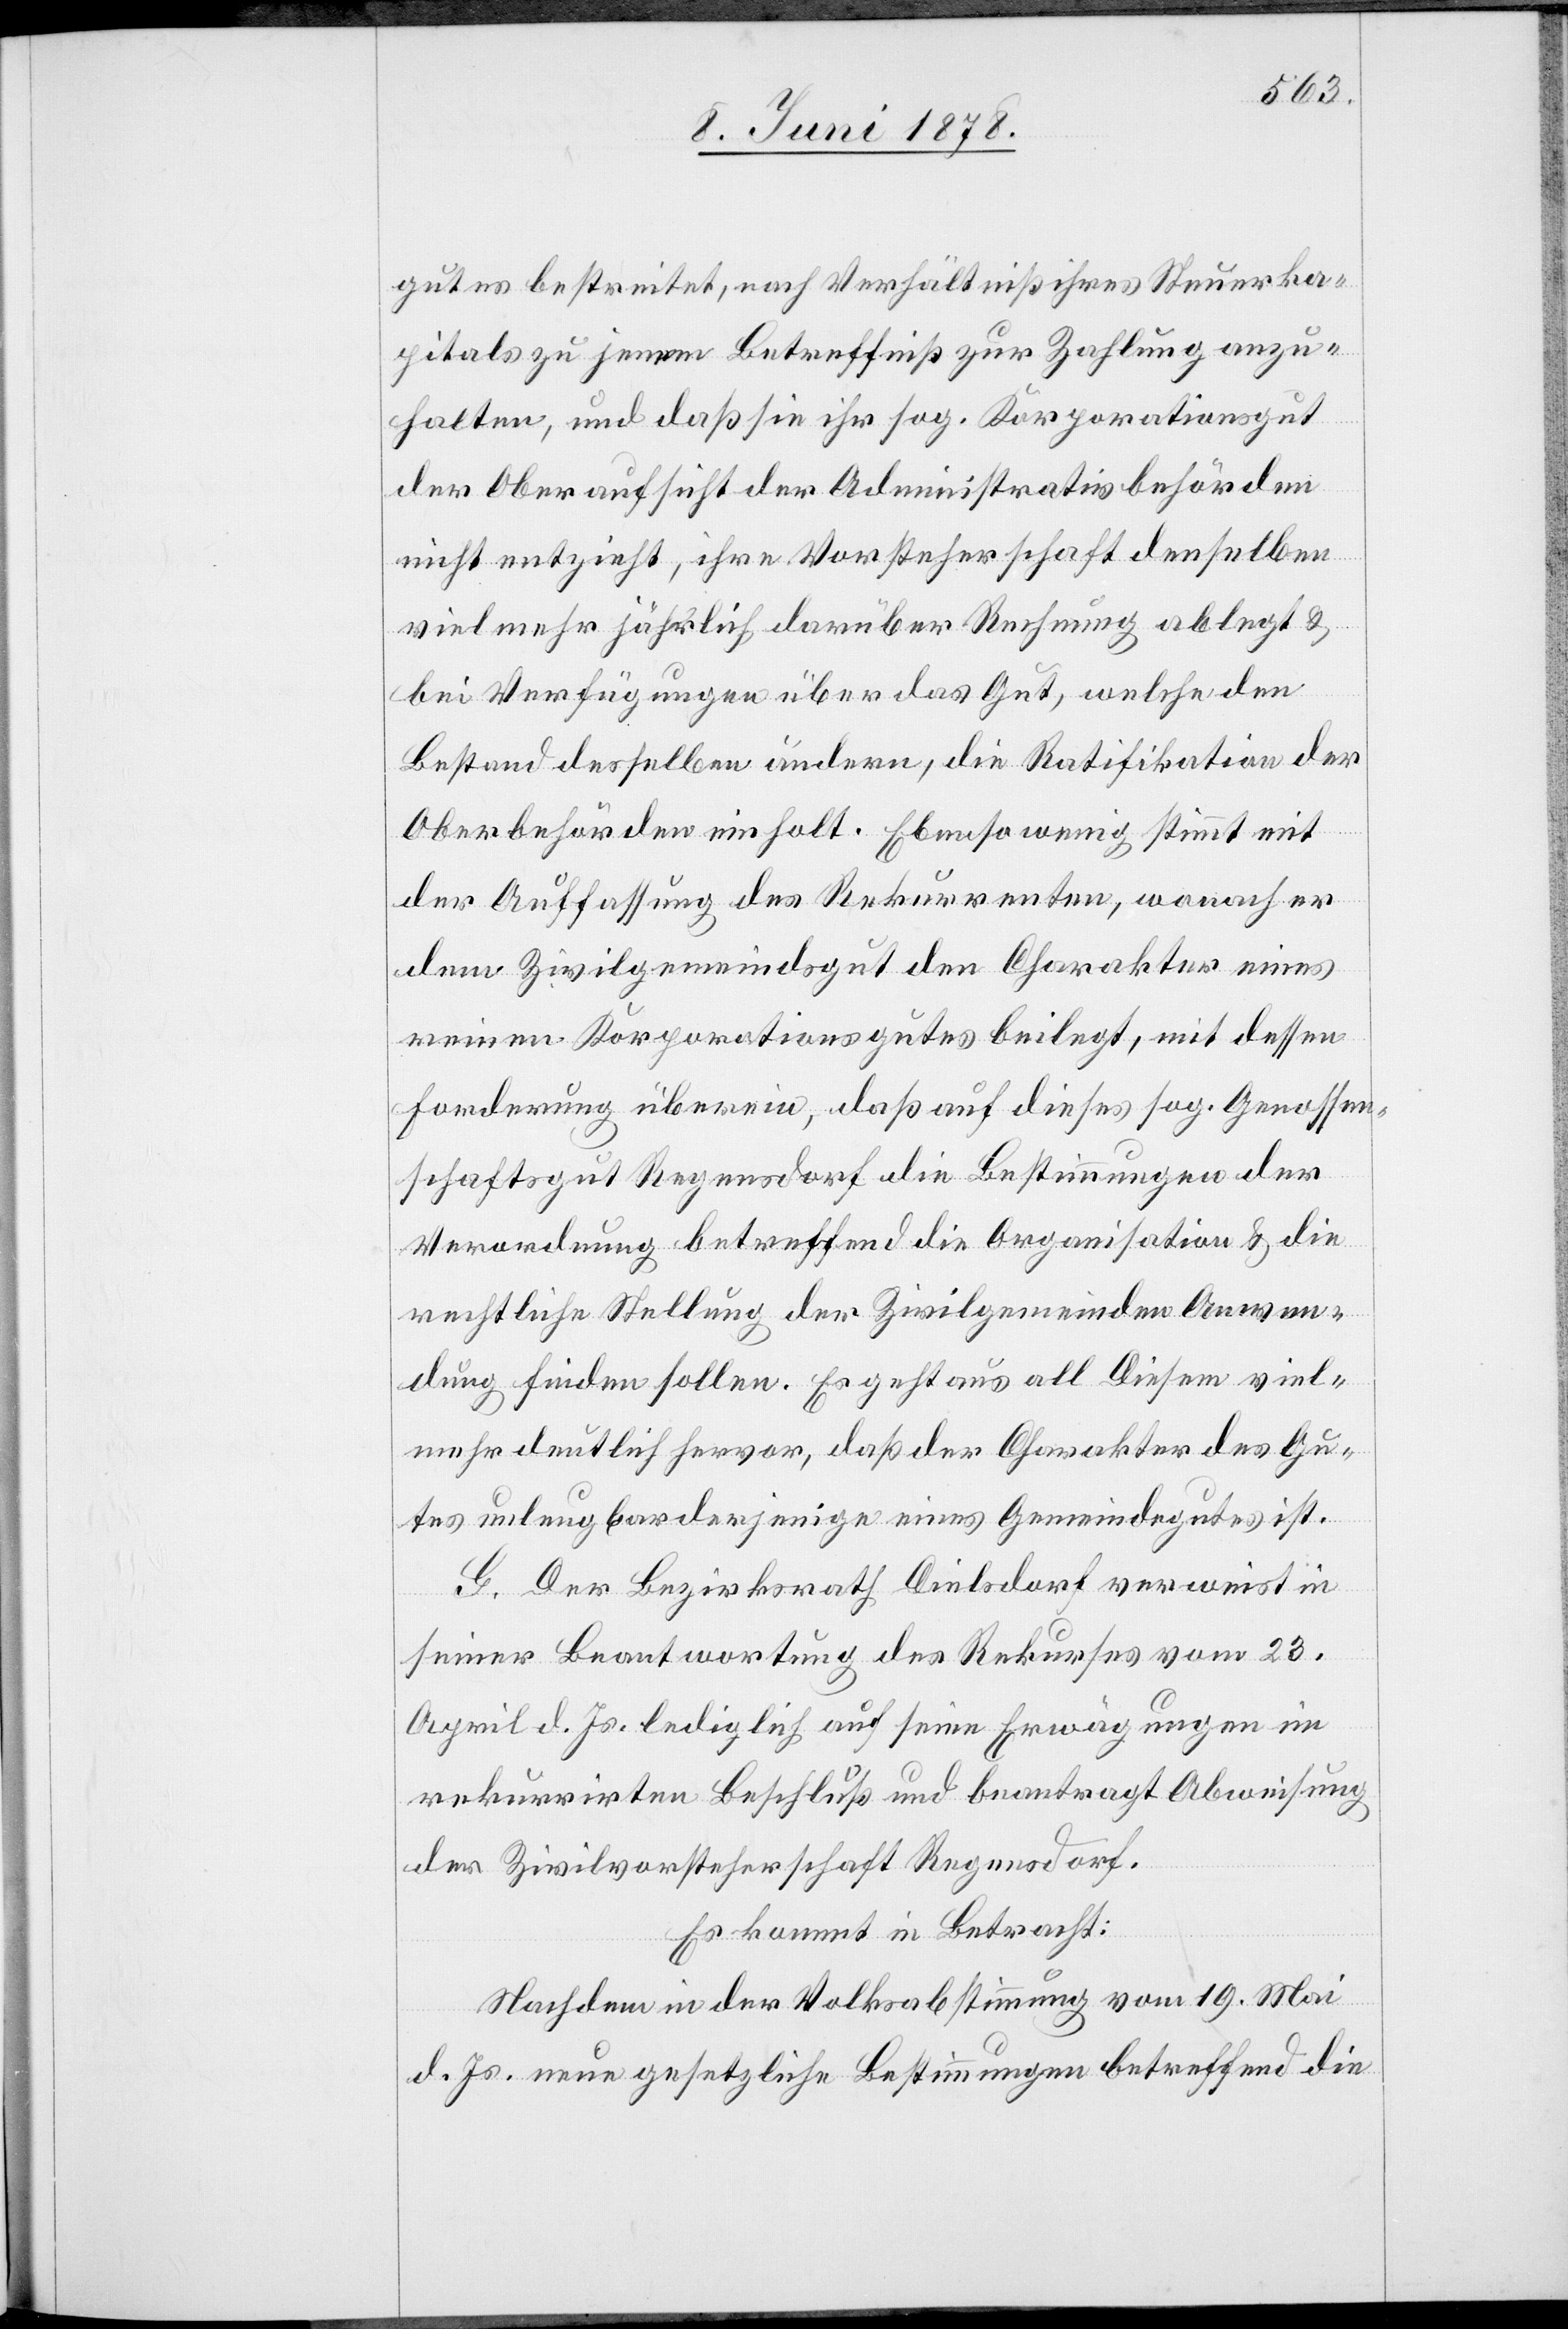
gutes bestreitet, nach Verhältniß ihres Steuerka¬
pitals zu jenem Betreffniß zur Zahlung anzu¬
halten, und daß sie ihr sog. Korporationsgut
der Oberaufsicht der Administrativbehörden
nicht entzieht, ihre Vorsteherschaft denselben
viel mehr jährlich darüber Rechnung ablegt &
bei Verfügungen über das Gut, welche den
Bestand desselben ändern, die Ratifikation der
Oberbehörden einholt. Ebenso wenig stimmt mit
der Auffassung des Rekurrenten, wonach er
dem Zivilgemeindsgut den Charakter eines
reinen Korporationsgutes beilegt, mit dessen
Forderung überein, daß auf dieses sog. Genossen¬
schaftsgut Regensdorf die Bestimmungen der
Verordnung betreffend die Organisation & die
rechtliche Stellung der Zivilgemeinden Anwen¬
dung finden sollen. Es geht aus all diesem viel¬
mehr deutlich hervor, daß der Charakter des Gu¬
tes unleugbar derjenige eines Gemeindegutes ist.
G. Der Bezirksrath Dielsdorf verweist in
seiner Beantwortung des Rekurses vom 23.
April d. Js. lediglich auf seine Erwägungen im
rekurrirten Beschluß und beantragt Abweisung
der Zivilvorsteherschaft Regensdorf.
Es kommt in Betracht:
Nachdem in der Volksabstimmung vom 19. Mai
d. Js. neue gesetzliche Bestimmungen betreffend die